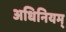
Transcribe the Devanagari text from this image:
अधिनियम्